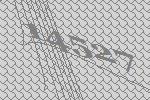
14527